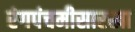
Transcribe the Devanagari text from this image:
रंगपंचमीसारखा